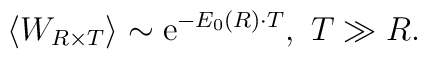
\left<W_{R\times T}\right>\sim {\rm e}^{-E_0(R)\cdot T},~ T\gg R.